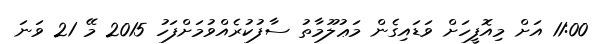
11:00 އަށް މިއޮފީހަށް ވަޑައިގެން މަޢުލޫމާތު ސާފުކުރެއްވުމަށްފަހު 2015 މޭ 21 ވަނަ